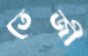
তেজী